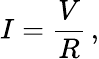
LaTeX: I={\frac{V}{R}}\, ,